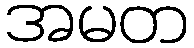
အမတ